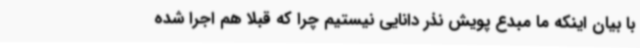
با بیان اینکه ما مبدع پویش نذر دانایی نیستیم چرا که قبلا هم اجرا شده